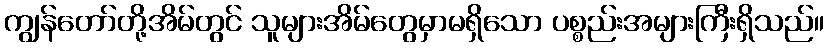
ကျွန်တော်တို့အိမ်တွင် သူများအိမ်တွေမှာမရှိသော ပစ္စည်းအများကြီးရှိသည်။